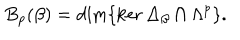
B _ { p } ( \beta ) = \dim \{ \ker \Delta _ { \beta } \cap \Lambda ^ { p } \} .